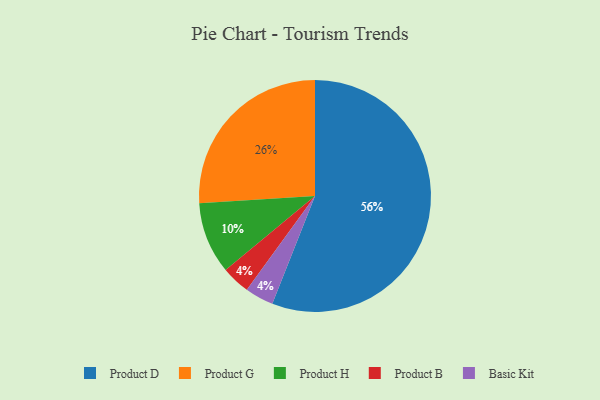
{"axis": {"x": "Category", "y": "Percentage"}, "legend": ["Basic Kit", "Product B", "Product D", "Product G", "Product H"], "data": [{"x": "Product G", "y": 26, "type": "Product G"}, {"x": "Product H", "y": 10, "type": "Product H"}, {"x": "Product B", "y": 4, "type": "Product B"}, {"x": "Product D", "y": 56, "type": "Product D"}, {"x": "Basic Kit", "y": 4, "type": "Basic Kit"}]}